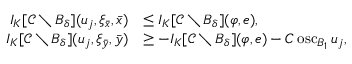
\begin{array} { r l } { I _ { K } [ \mathcal { C } \setminus B _ { \delta } ] ( u _ { j } , \xi _ { \bar { x } } , \bar { x } ) } & { \leq I _ { K } [ \mathcal { C } \setminus B _ { \delta } ] ( \varphi , e ) , } \\ { I _ { K } [ \mathcal { C } \setminus B _ { \delta } ] ( u _ { j } , \xi _ { \bar { y } } , \bar { y } ) } & { \geq - I _ { K } [ \mathcal { C } \setminus B _ { \delta } ] ( \varphi , e ) - C \operatorname { o s c } _ { B _ { 1 } } u _ { j } , } \end{array}